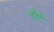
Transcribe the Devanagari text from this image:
रॉर्ट